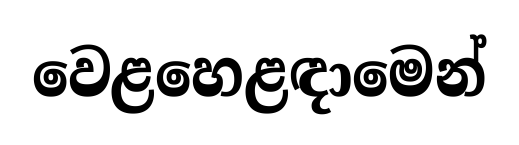
වෙළහෙළඳාමෙන්